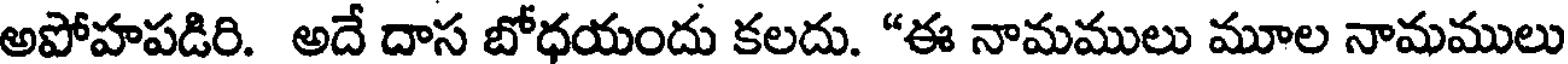
అపోహపడిరి. అదే దాస బోధయందు కలదు. "ఈ నామములు మూల నామములు